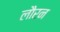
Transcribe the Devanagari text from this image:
लौरन